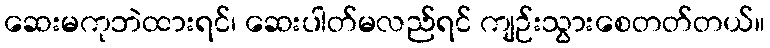
ဆေးမကုဘဲထားရင်၊ ဆေးပါတ်မလည်ရင် ကျဉ်းသွားစေတတ်တယ်။